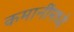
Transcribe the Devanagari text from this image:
कमानींमध्ये